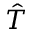
\hat { T }